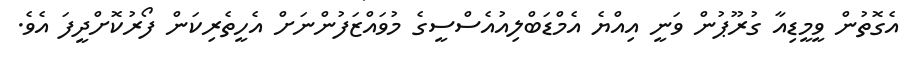
އެގޮތުން ވީމީޑިއާ ގުރޫޕުން ވަނީ އިއްޔެ އެމްޑަބްލިއުއެސްސީގެ މުވައްޒަފުންނަށް އެހީތެރިކަން ފޯރުކޮށްދީފަ އެވެ.